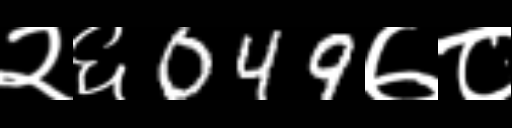
Text: २६049७८